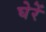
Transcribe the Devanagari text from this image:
घेरें